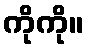
ကိုကို။